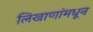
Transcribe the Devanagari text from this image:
लिखाणांमधून